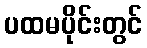
ပထမပိုင်းတွင်